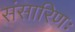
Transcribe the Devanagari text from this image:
संसारिणः